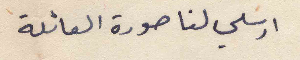
ارسلي لنا صورة العائلة